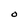
Character: O